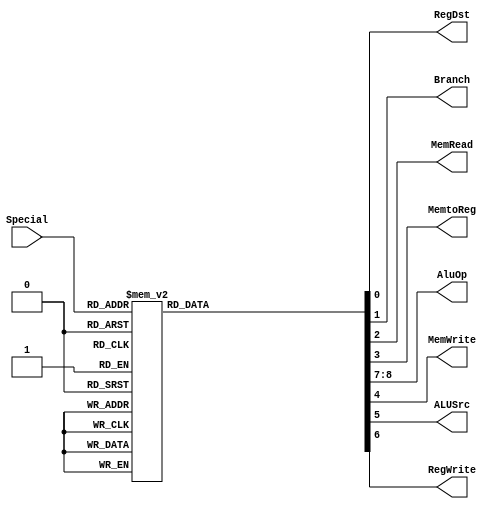
module ControlUnit(
		input [5:0] Special,
		output reg RegDst,
		output reg Branch,
		output reg MemRead,
		output reg MemtoReg,
		output reg [1:0] AluOp,
		output reg MemWrite,
		output reg ALUSrc,
		output reg RegWrite
    );

always @* begin
	/*AluOp: 00 Store and Load
	  AluOp: 01 Branch Equal y Not Equal
	  AluOp: 10 Operaciones Tipo R
	  AluOp: 11 Operaciones con Immediate
	*/
	case (Special)
		'b100000:begin		//LB
			RegDst<=0; 
			Branch<=0;
			MemRead<=1;
			MemtoReg<=1;
			MemWrite<=0;
			ALUSrc<=1;
			RegWrite<=1;
			AluOp<=2'b0;
		end		
		'b100001:begin		//LH
			RegDst<=0;
			Branch<=0;
			MemRead<=1;
			MemtoReg<=1;
			MemWrite<=0;
			ALUSrc<=1;
			RegWrite<=1;
			AluOp<=2'b0;
		end
		'b100011:begin		//LW
			RegDst<=0;
			Branch<=0;
			MemRead<=1;
			MemtoReg<=1;
			MemWrite<=0;
			ALUSrc<=1;
			RegWrite<=1;
			AluOp<=2'b0;
		end
		'b100111:begin		//LWU
			RegDst<=0;
			Branch<=0;
			MemRead<=1;
			MemtoReg<=1;
			MemWrite<=0;
			ALUSrc<=1;
			RegWrite<=1;
			AluOp<=2'b0;
		end
		'b100100:begin	//LBU
			RegDst<=0;
			Branch<=0;
			MemRead<=1;
			MemtoReg<=1;
			MemWrite<=0;
			ALUSrc<=1;
			RegWrite<=1;
			AluOp<=2'b0;
		end
		'b100101:begin	//LHU
			RegDst<=0;
			Branch<=0;
			MemRead<=1;
			MemtoReg<=1;
			MemWrite<=0;
			ALUSrc<=1;
			RegWrite<=1;
			AluOp<=2'b0;
		end
		'b101000:begin	//SB
			RegDst<=0;
			Branch<=0;
			MemRead<=0;
			MemtoReg<=0;
			MemWrite<=1;
			ALUSrc<=1;
			RegWrite<=0;
			AluOp<=2'b0;
		end
		'b101001:begin	//SH
			RegDst<=0;
			Branch<=0;
			MemRead<=0;
			MemtoReg<=0;
			MemWrite<=1;
			ALUSrc<=1;
			RegWrite<=0;
			AluOp<=2'b0;
		end
		'b101011:begin	//SW
			RegDst<=0;
			Branch<=0;
			MemRead<=0;
			MemtoReg<=0;
			MemWrite<=1;
			ALUSrc<=1;
			RegWrite<=0;
			AluOp<=2'b0;
		end
		'b001000:begin	//ADDI
			RegDst<=0;
			Branch<=0;
			MemRead<=0;
			MemtoReg<=0;
			MemWrite<=0;
			ALUSrc<=1;
			RegWrite<=1;
			AluOp<='b11;
		end
		'b001100:begin	//ANDI
			RegDst<=0;
			Branch<=0;
			MemRead<=0;
			MemtoReg<=0;
			MemWrite<=0;
			ALUSrc<=1;
			RegWrite<=1;
			AluOp<='b11;
		end
		'b001101:begin	//ORI
			RegDst<=0;
			Branch<=0;
			MemRead<=0;
			MemtoReg<=0;
			MemWrite<=0;
			ALUSrc<=1;
			RegWrite<=1;
			AluOp<='b11;
		end
		'b001110:begin	//XORI
			RegDst<=0;
			Branch<=0;
			MemRead<=0;
			MemtoReg<=0;
			MemWrite<=0;
			ALUSrc<=1;
			RegWrite<=1;
			AluOp<='b11;
		end
		'b001010:begin	//SLTI
			RegDst<=0;
			Branch<=0;
			MemRead<=0;
			MemtoReg<=0;
			MemWrite<=0;
			ALUSrc<=1;
			RegWrite<=1;
			AluOp<='b11;
		end	
		'b000100:begin //BEQ
			RegDst<=0;
			Branch<=1;
			MemRead<=0;
			MemtoReg<=0;
			MemWrite<=0;
			ALUSrc<=0;
			RegWrite<=0;
			AluOp<='b01;
		end
		'b000101:begin //BNE
			RegDst<=0;
			Branch<=1;
			MemRead<=0;
			MemtoReg<=0;
			MemWrite<=0;
			ALUSrc<=0;
			RegWrite<=0;
			AluOp<='b01;
		end
		default:begin //Tipo R
			RegDst<=1;
			Branch<=0;
			MemRead<=0;
			MemtoReg<=0;
			MemWrite<=0;
			ALUSrc<=0;
			RegWrite<=1;
			AluOp<='b10;
		end
		
	endcase;
end


endmodule